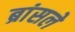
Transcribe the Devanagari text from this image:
ब्रांसले